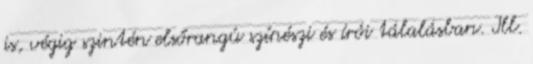
is, végig szintén elsőrangú színészi és írói tálalásban. Ill.